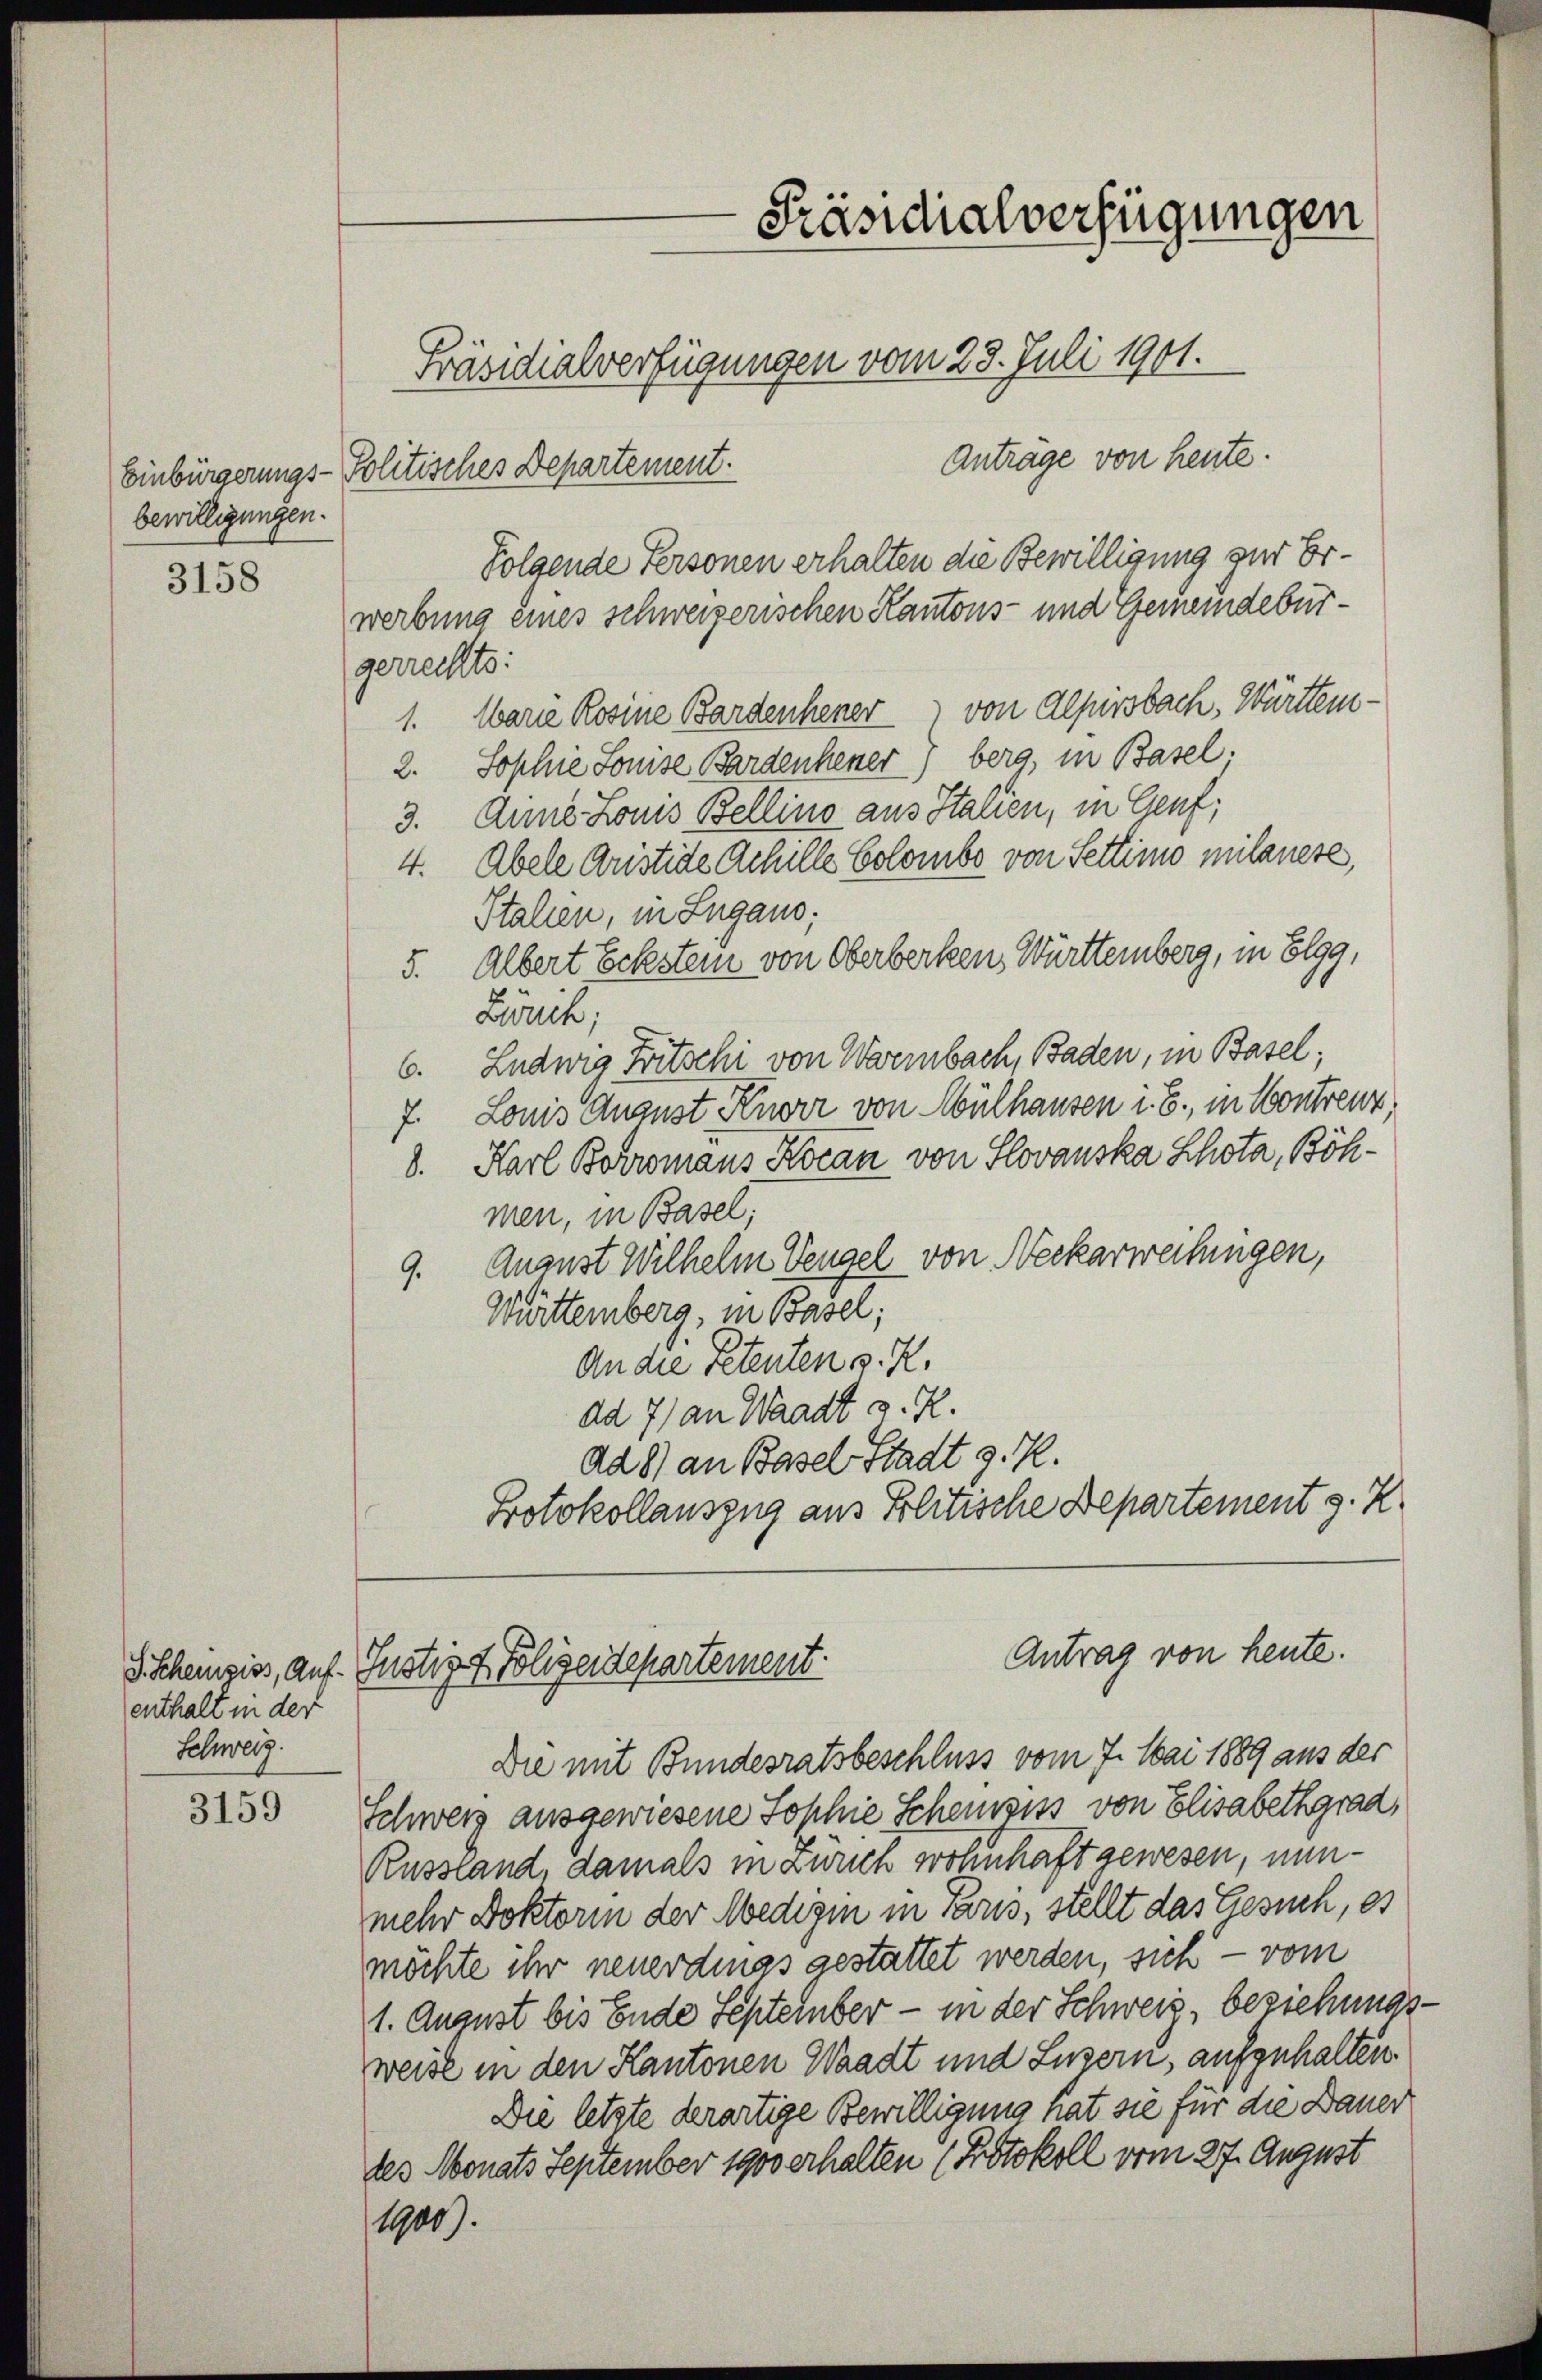
bewilligungen.

3158

enthalt in der
Schweiz.

3159

Präsidialverfügungen

Präsidialverfügungen vom 23. Juli 1901.
Anträge von heute.
Einbürgerungs-Politisches Departement.
Folgende Personen erhalten die Bewilligung zur Erwerbung eines schweizerischen Kantons- und Gemeindebürgerrechts:
1. Marie Rosine Bardenkener von Alpirsbach, Württem¬
2. Sophie Louise Bardenkener) berg, in Basel.
3. Anne Louis Bellino aus Stauen, in Genf,
4. Abele Aristide Achille Colombo von Settinio mildnere,
Stalien, in Lugaus;
5. Albert Eckstein von Oberberken, Württemberg, in Elgg,
Zünik;
6. Ludwig Fritschi von Warmbach, Baden, in Basel;
7. Louis August Knorr von Mülhausen i. B., in Kontreuz,
8. Karl Borromans Kocan von Slovauska Schota, Böhmen, in Basel;
9. August Wilhelm Vengel von Neckarweisungen,
Württemberg, in Basel;
An die Petenten s. Z.
dd 7) an Waadt v. R.
Ad 8) an Basel Stadt g. R.
Protokollauszug aus Politische Departement s. Z.
Antrag von heute.
S. Schensis, auf Justiz & Polizeidepartement.
Die mit Bundesratsbeschluss vom 7. Mai 1889 aus der
Schwerz ausgewiesene Sophie Scheusiss von Elisabethgrad,
Russland, damals in Zürich wohnhaft gewesen, nunmehr Doktorin der Medigen in Paris, stellt das Gesuch, es
möchte ihr neuerdings gestattet werden, sich — vom
1. August bis Ende September - in der Schweiz, beziehungs
weise in den Kantonen Waadt und Luzern, aufzuhalten.
Die letzte derartige Bewilligung hat sie für die Dauer
des Monats September 1900 erhalten (Protokoll vom 27. August
1900).